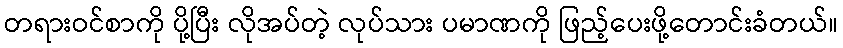
တရားဝင်စာကို ပို့ပြီး လိုအပ်တဲ့ လုပ်သား ပမာဏကို ဖြည့်ပေးဖို့တောင်းခံတယ်။